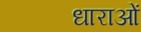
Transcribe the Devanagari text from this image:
धाराआें